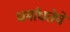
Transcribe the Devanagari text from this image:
धर्मांधतेचे